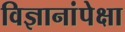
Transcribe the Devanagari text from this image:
विज्ञानांपेक्षा